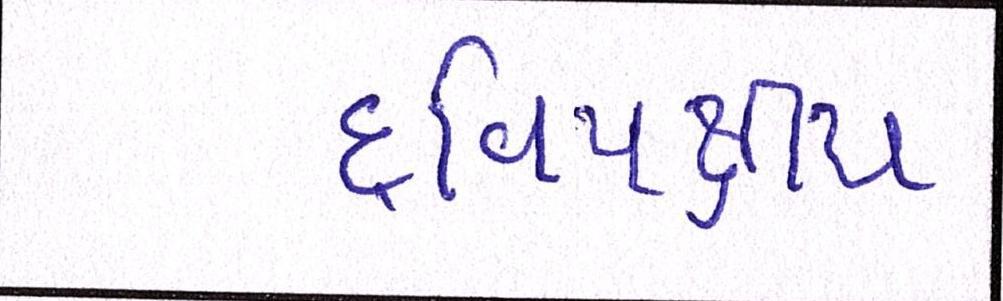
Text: દ્વિપક્ષીય